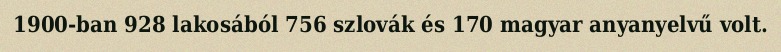
1900-ban 928 lakosából 756 szlovák és 170 magyar anyanyelvű volt.